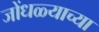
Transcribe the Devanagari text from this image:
जोंधळ्याच्या